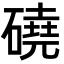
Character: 磽